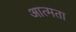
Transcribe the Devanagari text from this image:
आत्मता